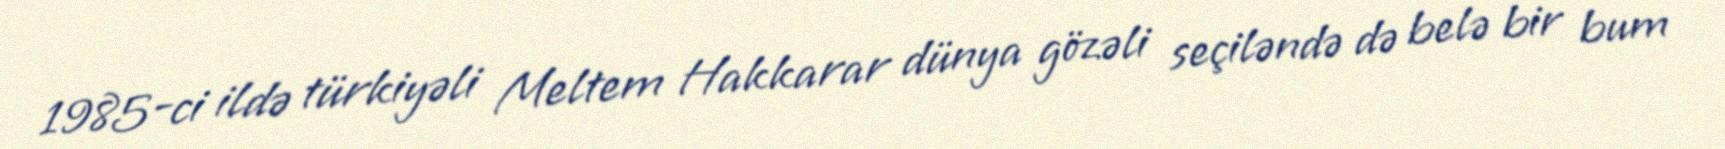
1985-ci ildə türkiyəli Meltem Hakkarar dünya gözəli seçiləndə də belə bir bum